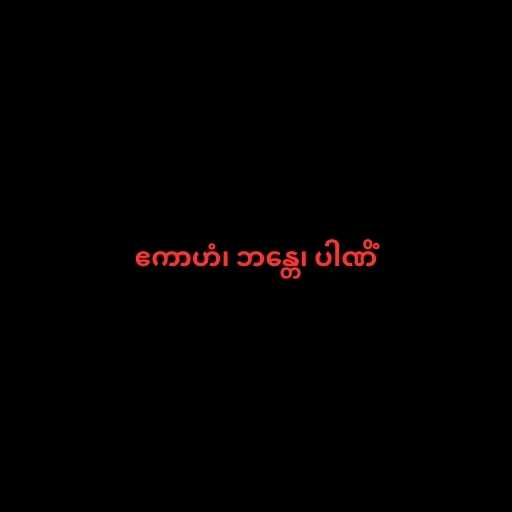
ဧကာဟံ၊ ဘန္တေ၊ ပါဏိံ